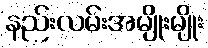
နည်းလမ်းအမျိုးမျိုး